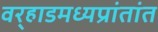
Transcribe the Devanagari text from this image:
वर्‍हाडमध्यप्रांतांत